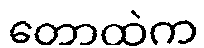
တောထဲက